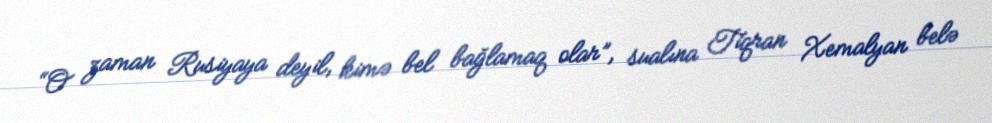
“O zaman Rusiyaya deyil, kimə bel bağlamaq olar”, sualına Tiqran Xemalyan belə